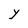
Character: Y